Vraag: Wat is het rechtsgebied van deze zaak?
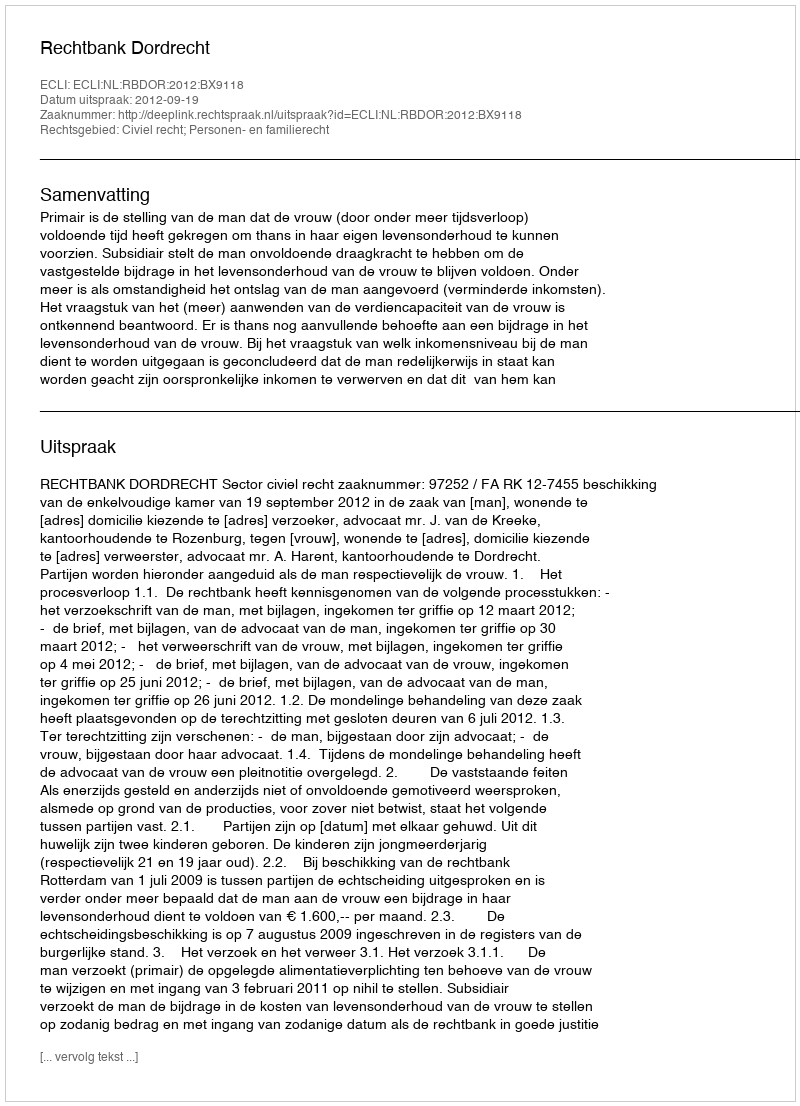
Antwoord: Civiel recht; Personen- en familierecht